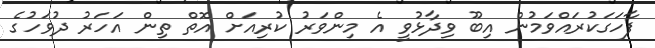
ފާހަގަކުރައްވަމުން އިބޫ ވިދާޅުވީ އެ މިންވަރު ކުރިއަށް އޮތް ތިން އަހަރު ދުވަހުގެ